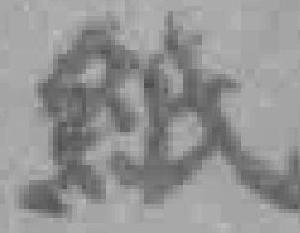
紙